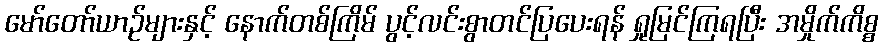
မော်တော်ယာဉ်များနှင့် နောက်တစ်ကြိမ် ပွင့်လင်းစွာတင်ပြပေးရန် ရှုမြင်ကြရပြီး အမှိုက်ကိစ္စ